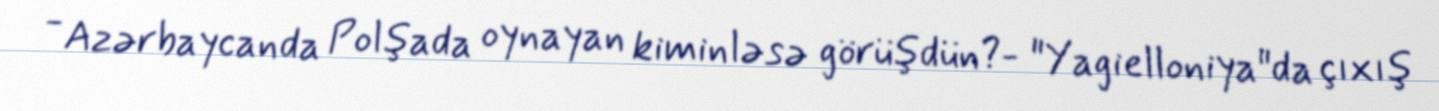
- Azərbaycanda Polşada oynayan kiminləsə görüşdün?- "Yagielloniya"da çıxış